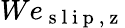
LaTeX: We_{\mathrm{~s~l~i~p~,~z~}}